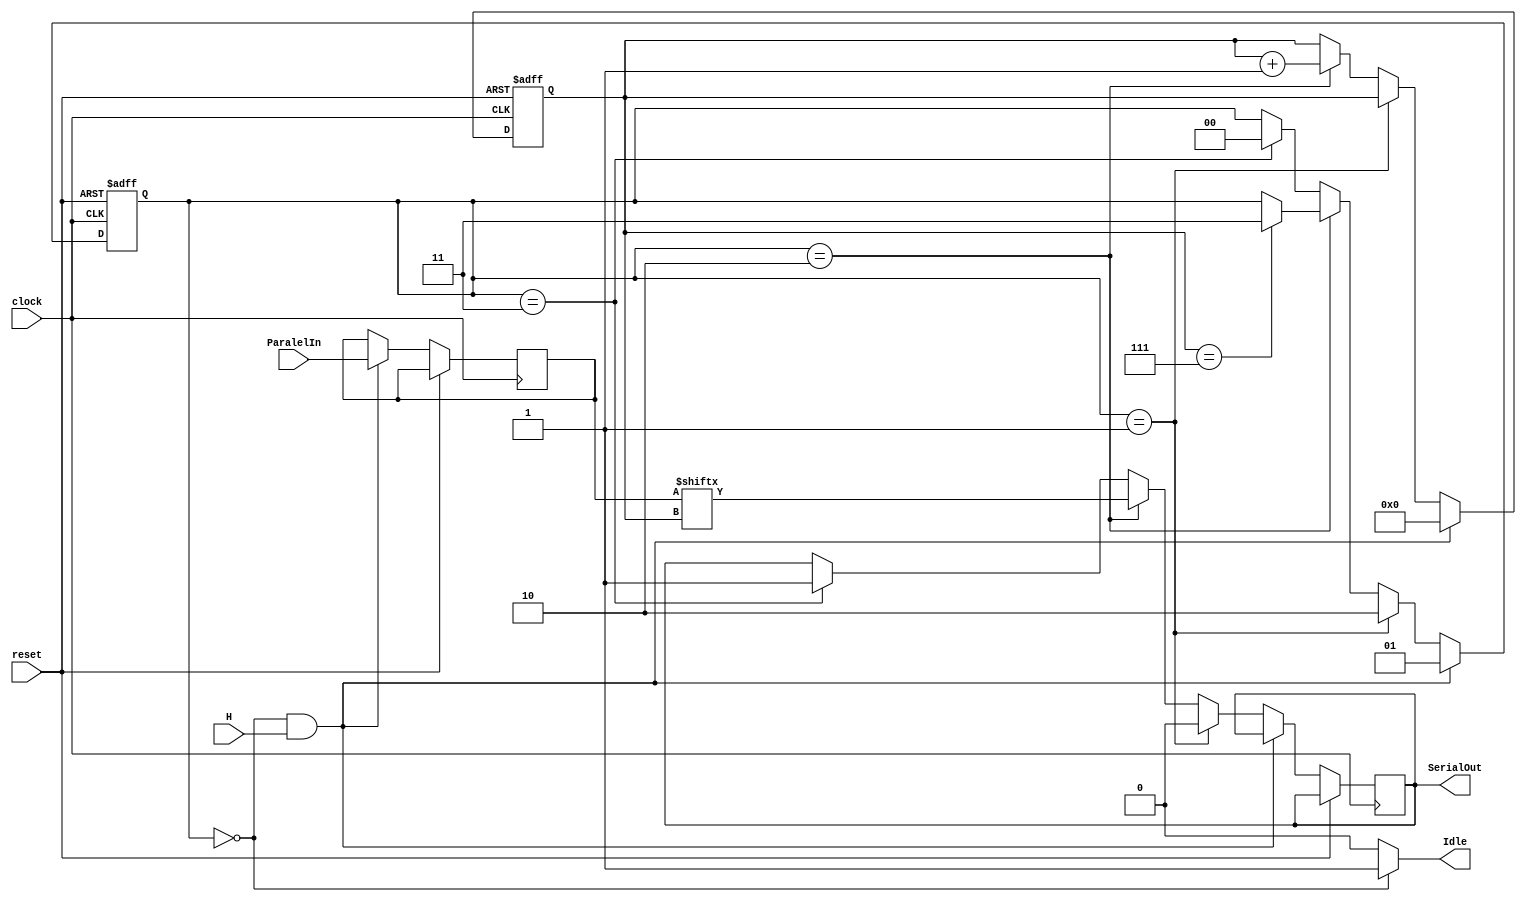
// Code your design here
module saidaUART(
  input reset,
  input [7:0] ParalelIn,
  input H ,clock, 
  output reg SerialOut,
  output Idle
);
  parameter IDLE = 0;
  parameter INICIO = 1;
  parameter ESCRITA = 2;
  parameter FIM = 3;
  
  reg resetCLK;
  reg [1:0] estado;
  reg [3:0] PosAtual;
  reg [7:0] entrada;
  wire clkAux;
  
  //assign flag = ~estado[0] & ~estado[1];
  
  assign Idle = (estado == IDLE)?1:0;
  
  always@(negedge clock or posedge reset)begin
	 if (reset) begin
		 resetCLK = 0;
		 estado = 0;
		 PosAtual = 0;
	 end
	 else if ((estado == IDLE) & H)begin
      entrada = ParalelIn;
      PosAtual = 3'b000;
      estado = INICIO;
    end
    else if (estado == INICIO)begin
      SerialOut = 0;
      estado = ESCRITA;
    end
    else if (estado == ESCRITA)begin
      SerialOut = entrada[PosAtual];
      if (PosAtual == 3'b111)
        estado = FIM;
      PosAtual = PosAtual + 1;
    end
    else if (estado == FIM) begin
      SerialOut = 1;
      estado = IDLE;
    end
  end
  
  
  
endmodule